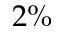
2 \%